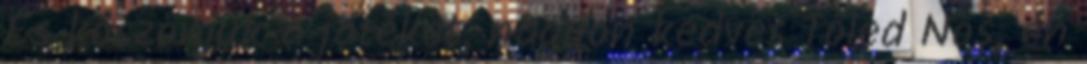
És köszönjük a játékot, nagyon kedves Tőled Nos, én